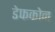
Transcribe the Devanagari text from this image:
डेफकोन